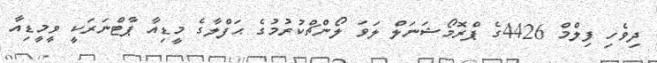
ދިވެހި ފިލްމް 4426ގެ ޕްރޮމޯޝަނަލް ލަވަ ލޯންޗްކުރުމުގެ ޙަފްލާގެ މީޑިއާ ޕާޓްނަރަކީ ވީމީޑިއާ